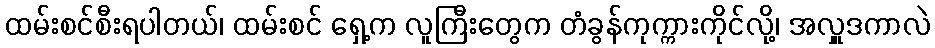
ထမ်းစင်စီးရပါတယ်၊ ထမ်းစင် ရှေ့က လူကြီးတွေက တံခွန်ကုက္ကားကိုင်လို့၊ အလှူဒကာလဲ